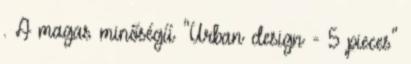
. A magas minőségű "Urban design - 5 pieces"